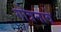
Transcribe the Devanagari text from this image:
गोत्रनावे